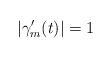
\begin{align*}|\gamma_m'(t)|=1\end{align*}